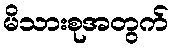
မိသားစုအတွက်